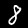
Digit: 8